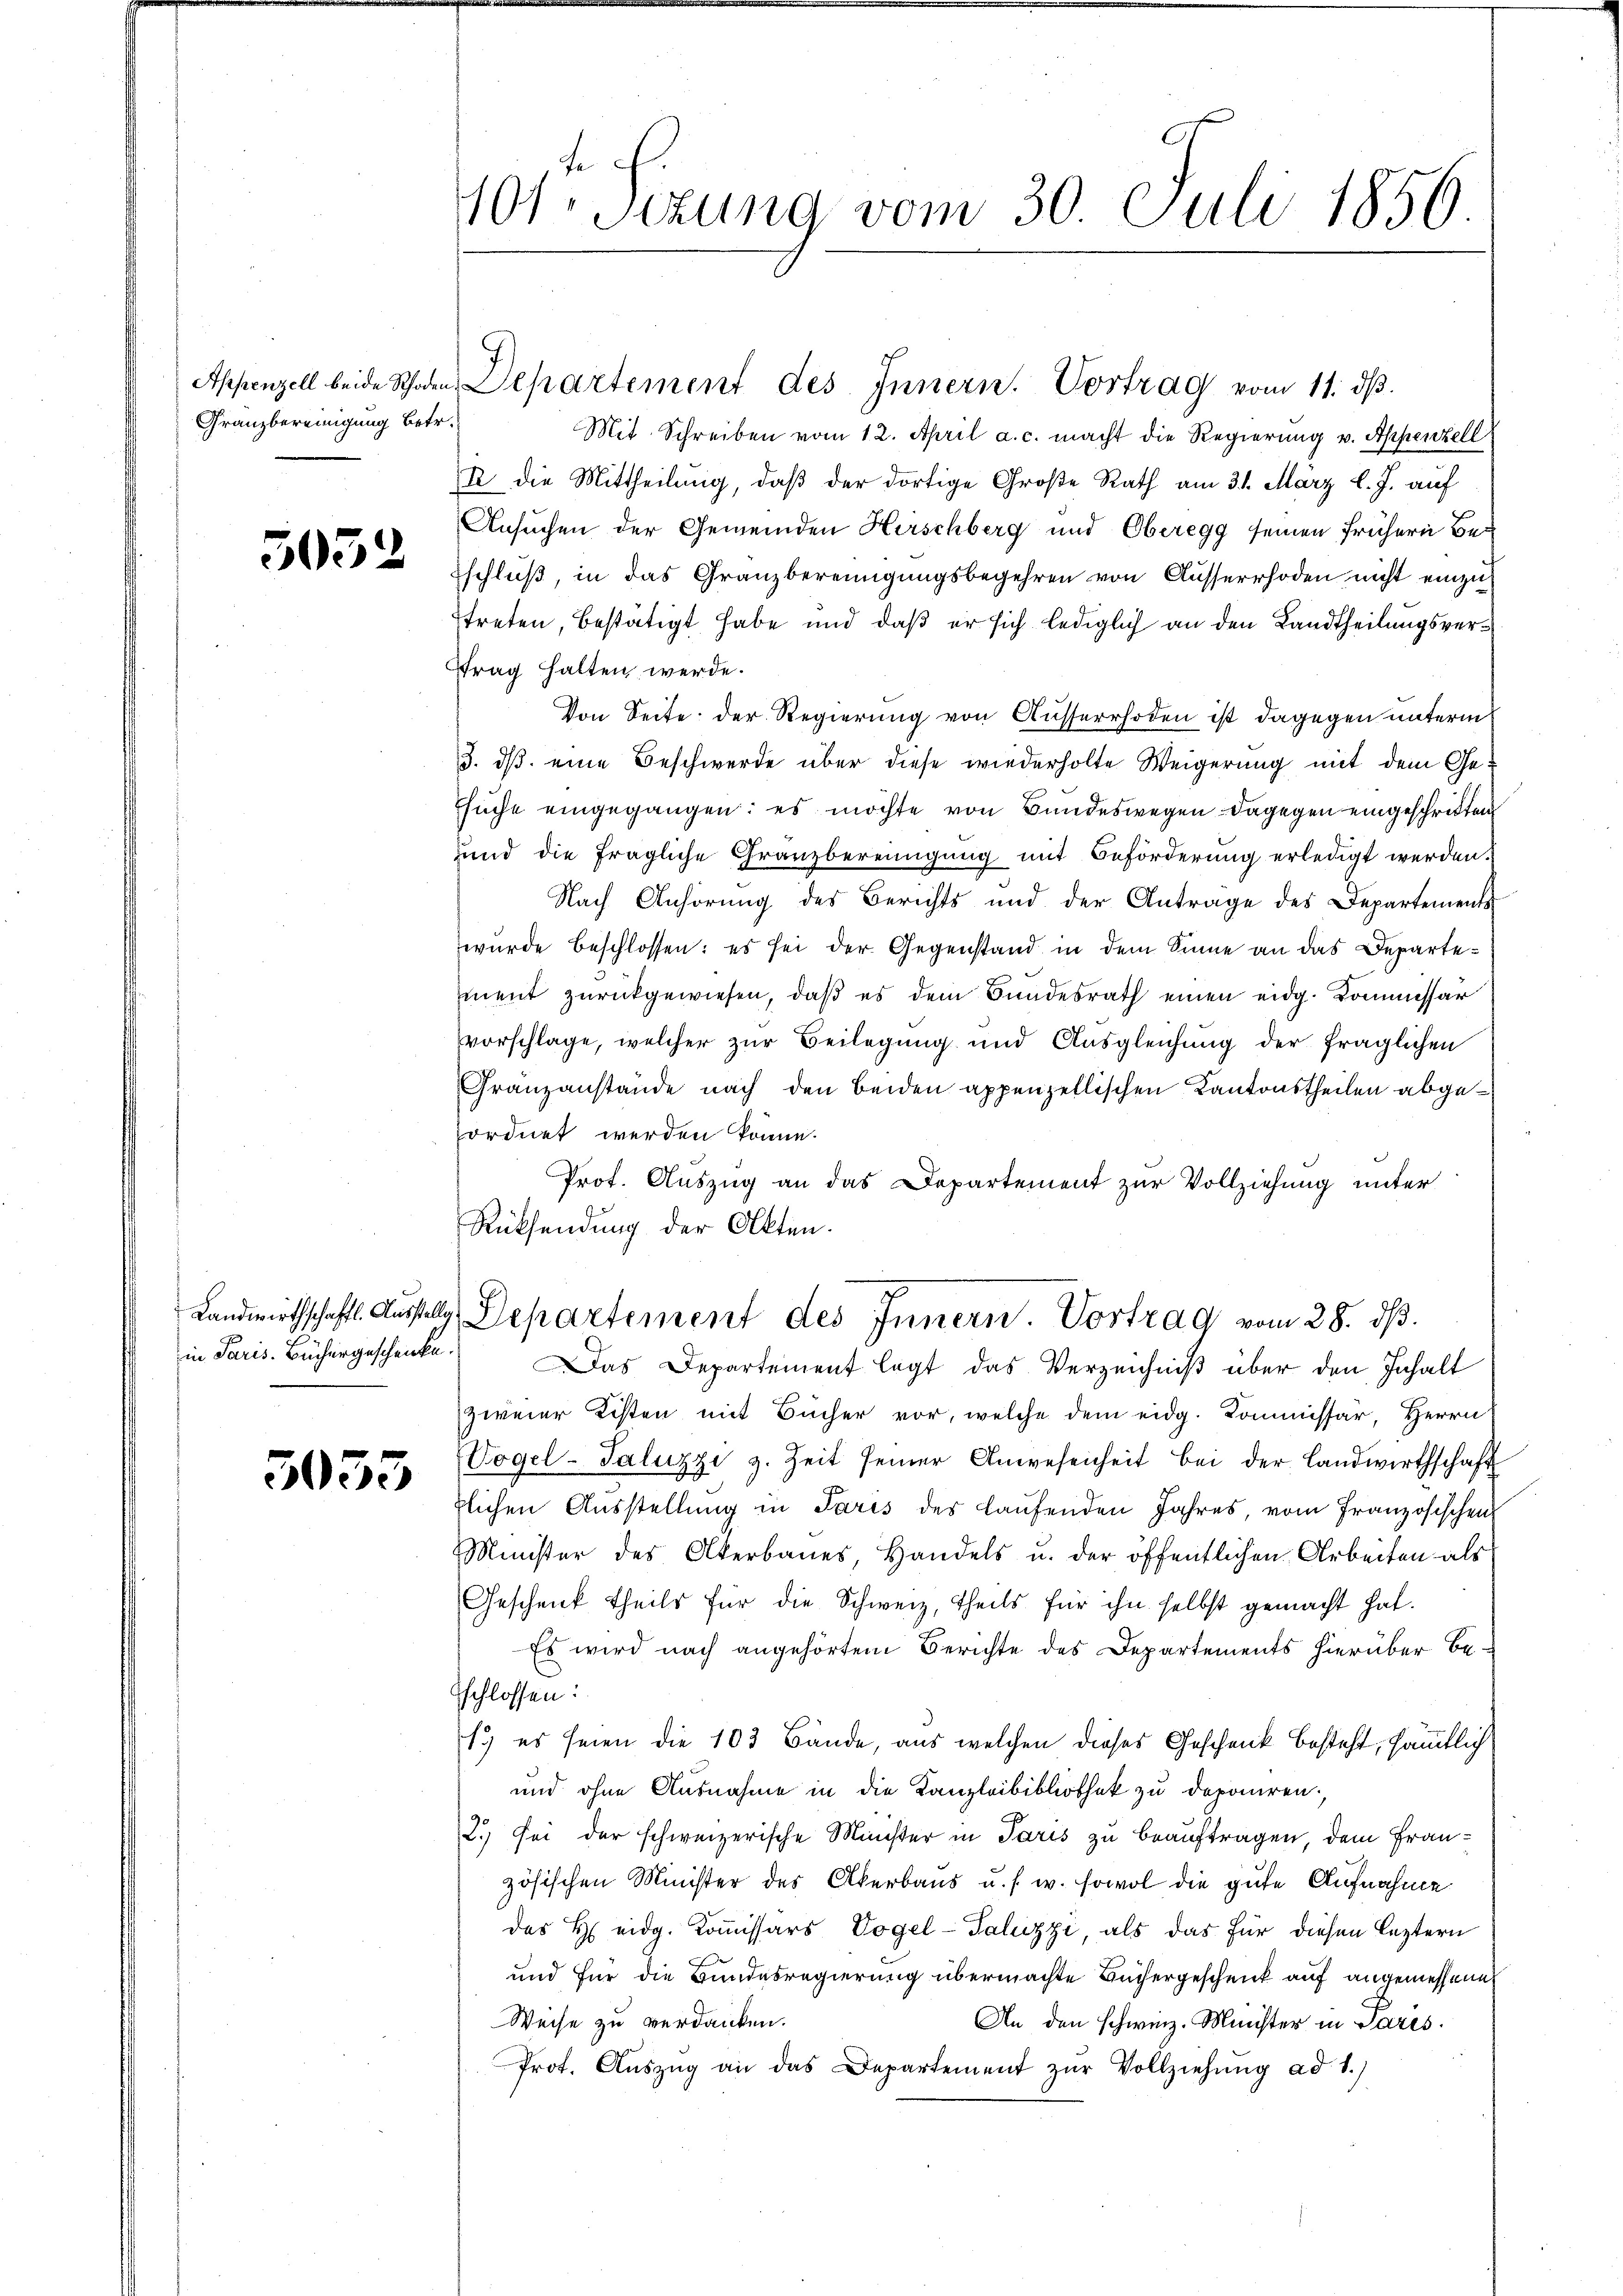
Appenzell beide Rhoden
Granzbereinigung betr.

5052

in Paris. Büchergeschenke.

3055

101: Setung vom 30. Juli 1856.

Departement des Innern. Vortrag vom 11. dβ.

Mit Schreiben vom 12. April a. c. macht die Regierung v. Appenzell
2 die Mittheilung, daß der dortige Große Rath am 31. März l. J. auf
Ansuchen der Gemeinden Hirschberg und Oberegg seinen frühern Beschluß, in das Granzbereinigungsbegehren von Ausserrhoden nicht einzutreten, bestätigt habe und daß er sich lediglich an den Landtheilungsvertrag halten werde.
Von Seite der Regierung von Ausserrhoden ist dagegen unterm
3. ds. eine Beschwerde über diese wiederholte Weigerung mit dem Ge¬
Esuche eingegangen: es möchte von Bundeswegen dagegen eingeschritten
und die fragliche Granzbereinigung mit Beförderung erledigt werden.
Nach Anhörung des Berichts und der Antrage des Departements
wurde beschlossen: es sei der Gegenstand in dem Sinne an das Departement zurückgewiesen, daβ es dem Bundesrath einen eidg. Kommissar
vorschlage, welcher zur Beilegung und Ausgleichung der fraglichen
Franzanstände nach den beiden appenzellischen Kantonstheilen abgeordnet werden könne.
Prot. Auszug an das Departement zur Vollziehung unter
Rücksendung der Akten.
Landwirthschaft. Ausstellg Departement des Innern. Vortrag vom 28. dβ.
Das Departement legt das Verzeichniß über den Inhalt
zweier Kisten mit Bücher vor, welche dem eidg. Kommissär, Herrn
Vogel-Saluzzi z. Zeit seiner Anwesenheit bei der Landwirthschaft
zlichen Ausstellung in Paris des laufenden Jahres, vom Französischen
Minister des Akerbaues, Handels u. der öffentlichen Arbeiten als
Geschenk theils für die Schweiz, theils für ihn selbst gemacht hat.
Es wird nach angehörtem Berichte des Departements hierüber Betschlossen:
1. es seien die 103 Bände, aus welchen dieses Geschenk besteht, sämmtlich
und ohne Ausnahme in die Kanzleibibliothek zu deponiren.
2.) Sei der schweizerische Minister in Paris zu beauftragen, dem Französischen Minister des Akerbaus u. s. w. sowol die gute Aufnahme
des H. eidg. Kommissärs Vogel-Saluzzi, als das für diesen leztern
und für die Bundesregierung übermachte Büchergeschenk auf angemessene
Weise zu verdanken.
An den schweiz. Minister in Paris
Prot. Aŭszŭg an das Departement zŭr Vollziehung ad 1.)